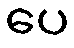
ပေ